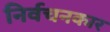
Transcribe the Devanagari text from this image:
निर्वचनकार